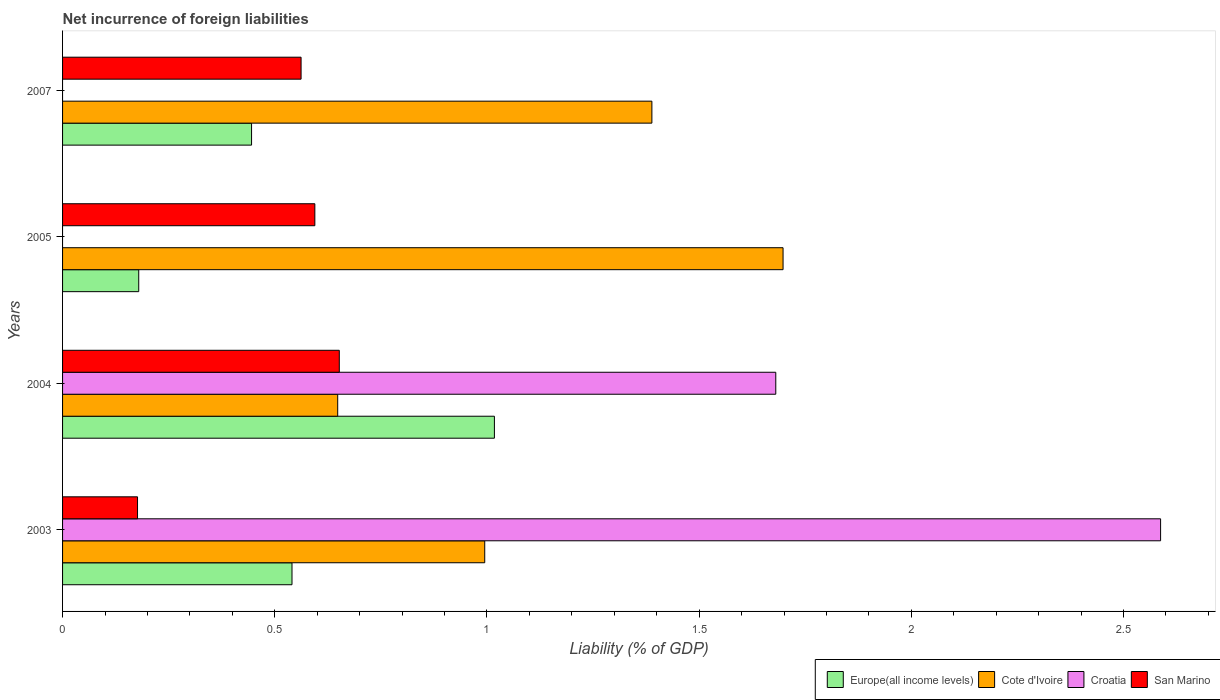
| Years | Europe(all income levels) | Cote d'Ivoire | Croatia | San Marino |
 | --- | --- | --- | --- | --- |
 | 2003 | 0.541 | 0.995 | 2.59 | 0.177 |
 | 2004 | 1.02 | 0.648 | 1.68 | 0.652 |
 | 2005 | 0.179 | 1.7 | -1.5 | 0.594 |
 | 2007 | 0.445 | 1.39 | -0.452 | 0.562 |